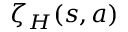
\zeta _ { H } ( s , a )